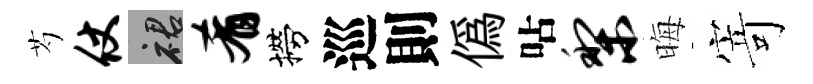
芍仗裙肴撈巡則偽呫梨晦𭔃